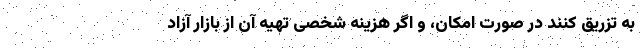
به تزریق کنند در صورت امکان، و اگر هزینه شخصی تهیه آن از بازار آزاد